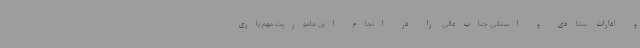
و ادارات ستادی و استانی جناب‌عالی را در انجام این ماموریت مهم یاری